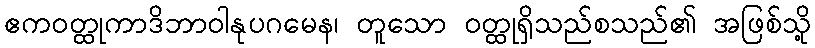
ဧကဝတ္ထုကာဒိဘာဝါနုပဂမေန၊ တူသော ဝတ္ထုရှိသည်စသည်၏ အဖြစ်သို့